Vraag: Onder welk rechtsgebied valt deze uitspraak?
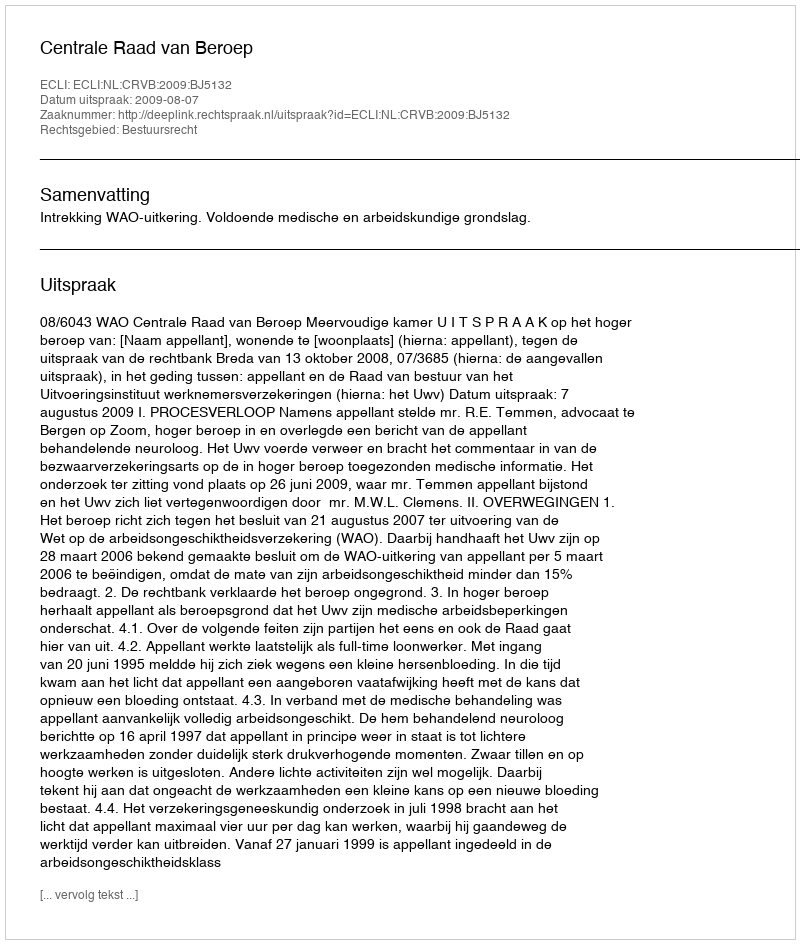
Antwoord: Bestuursrecht